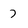
Character: 7